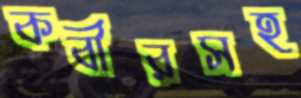
কবীরসহ